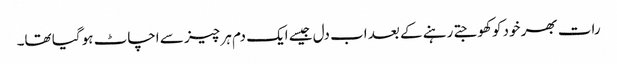
رات بھر خود کو کھوجتے رہنے کے بعد اب دل جیسے ایک دم ہر چیز سے اچاٹ ہو گیا تھا۔